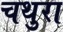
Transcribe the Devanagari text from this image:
चथुरा